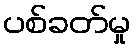
ပစ်ခတ်မှု